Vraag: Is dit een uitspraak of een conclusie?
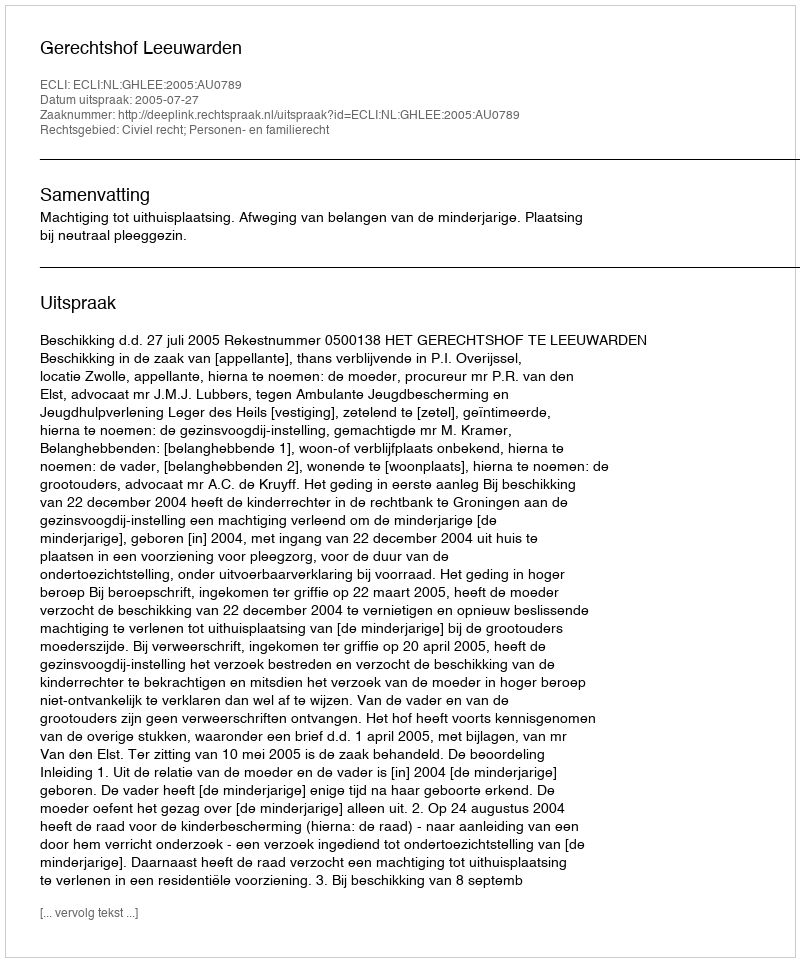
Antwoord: Uitspraak